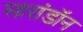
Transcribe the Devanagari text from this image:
सारांडॉन